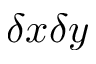
\delta x \delta y